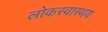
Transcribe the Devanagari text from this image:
लोकस्वास्थय